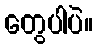
တွေပါပဲ။